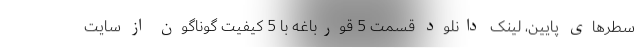
سطرهای پایین، لینک دانلود قسمت 5 قورباغه با 5 کیفیت گوناگون از سایت